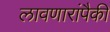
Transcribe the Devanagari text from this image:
लावणारांपैकी